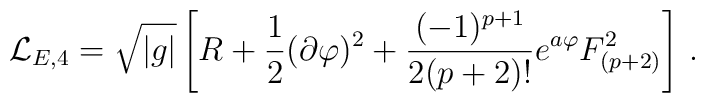
{\cal L}_{E,4} = \sqrt{|g|}\left[ R + {1\over 2}(\partial\varphi)^2      +{(-1)^{p+1}\over 2(p+2)!} e^{a\varphi} F^2_{(p+2)}\right]\,.